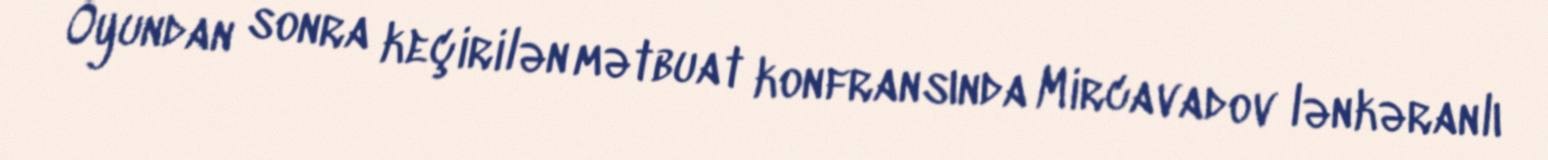
Oyundan sonra keçirilən mətbuat konfransında Mircavadov lənkəranlı